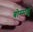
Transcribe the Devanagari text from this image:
बोम्मलु